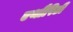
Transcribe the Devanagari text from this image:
एथौरिटी